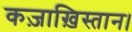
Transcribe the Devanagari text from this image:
कज़ाख़िस्तान।